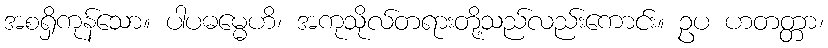
အစရှိကုန်သော။ ပါပဓမ္မေဟိ၊ အကုသိုလ်တရားတို့သည်လည်းကောင်း။ ဥပ ဟတတ္တာ၊